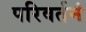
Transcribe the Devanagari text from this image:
परिवर्तनं